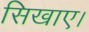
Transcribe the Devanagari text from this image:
सिखाए।